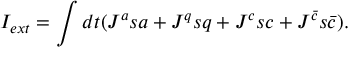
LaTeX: I _ { e x t } = \int d t ( J ^ { a } s a + J ^ { q } s q + J ^ { c } s c + J ^ { { \bar { c } } } s { \bar { c } } ) .